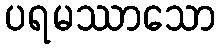
ပရမဿာသော